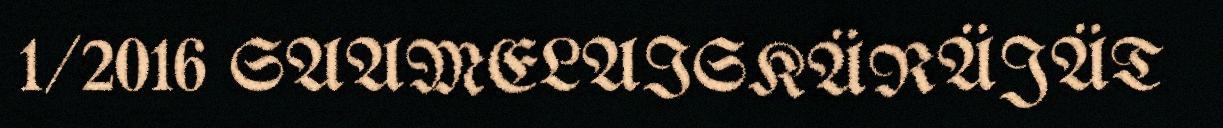
1/2016 SAAMELAISKÄRÄJÄT